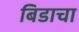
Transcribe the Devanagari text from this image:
बिडाचा